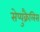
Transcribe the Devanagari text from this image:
सेप्युक्रैलिस